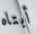
أبتاه